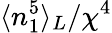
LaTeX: \langle n_{1}^{5}\rangle_{L}/\chi^{4}